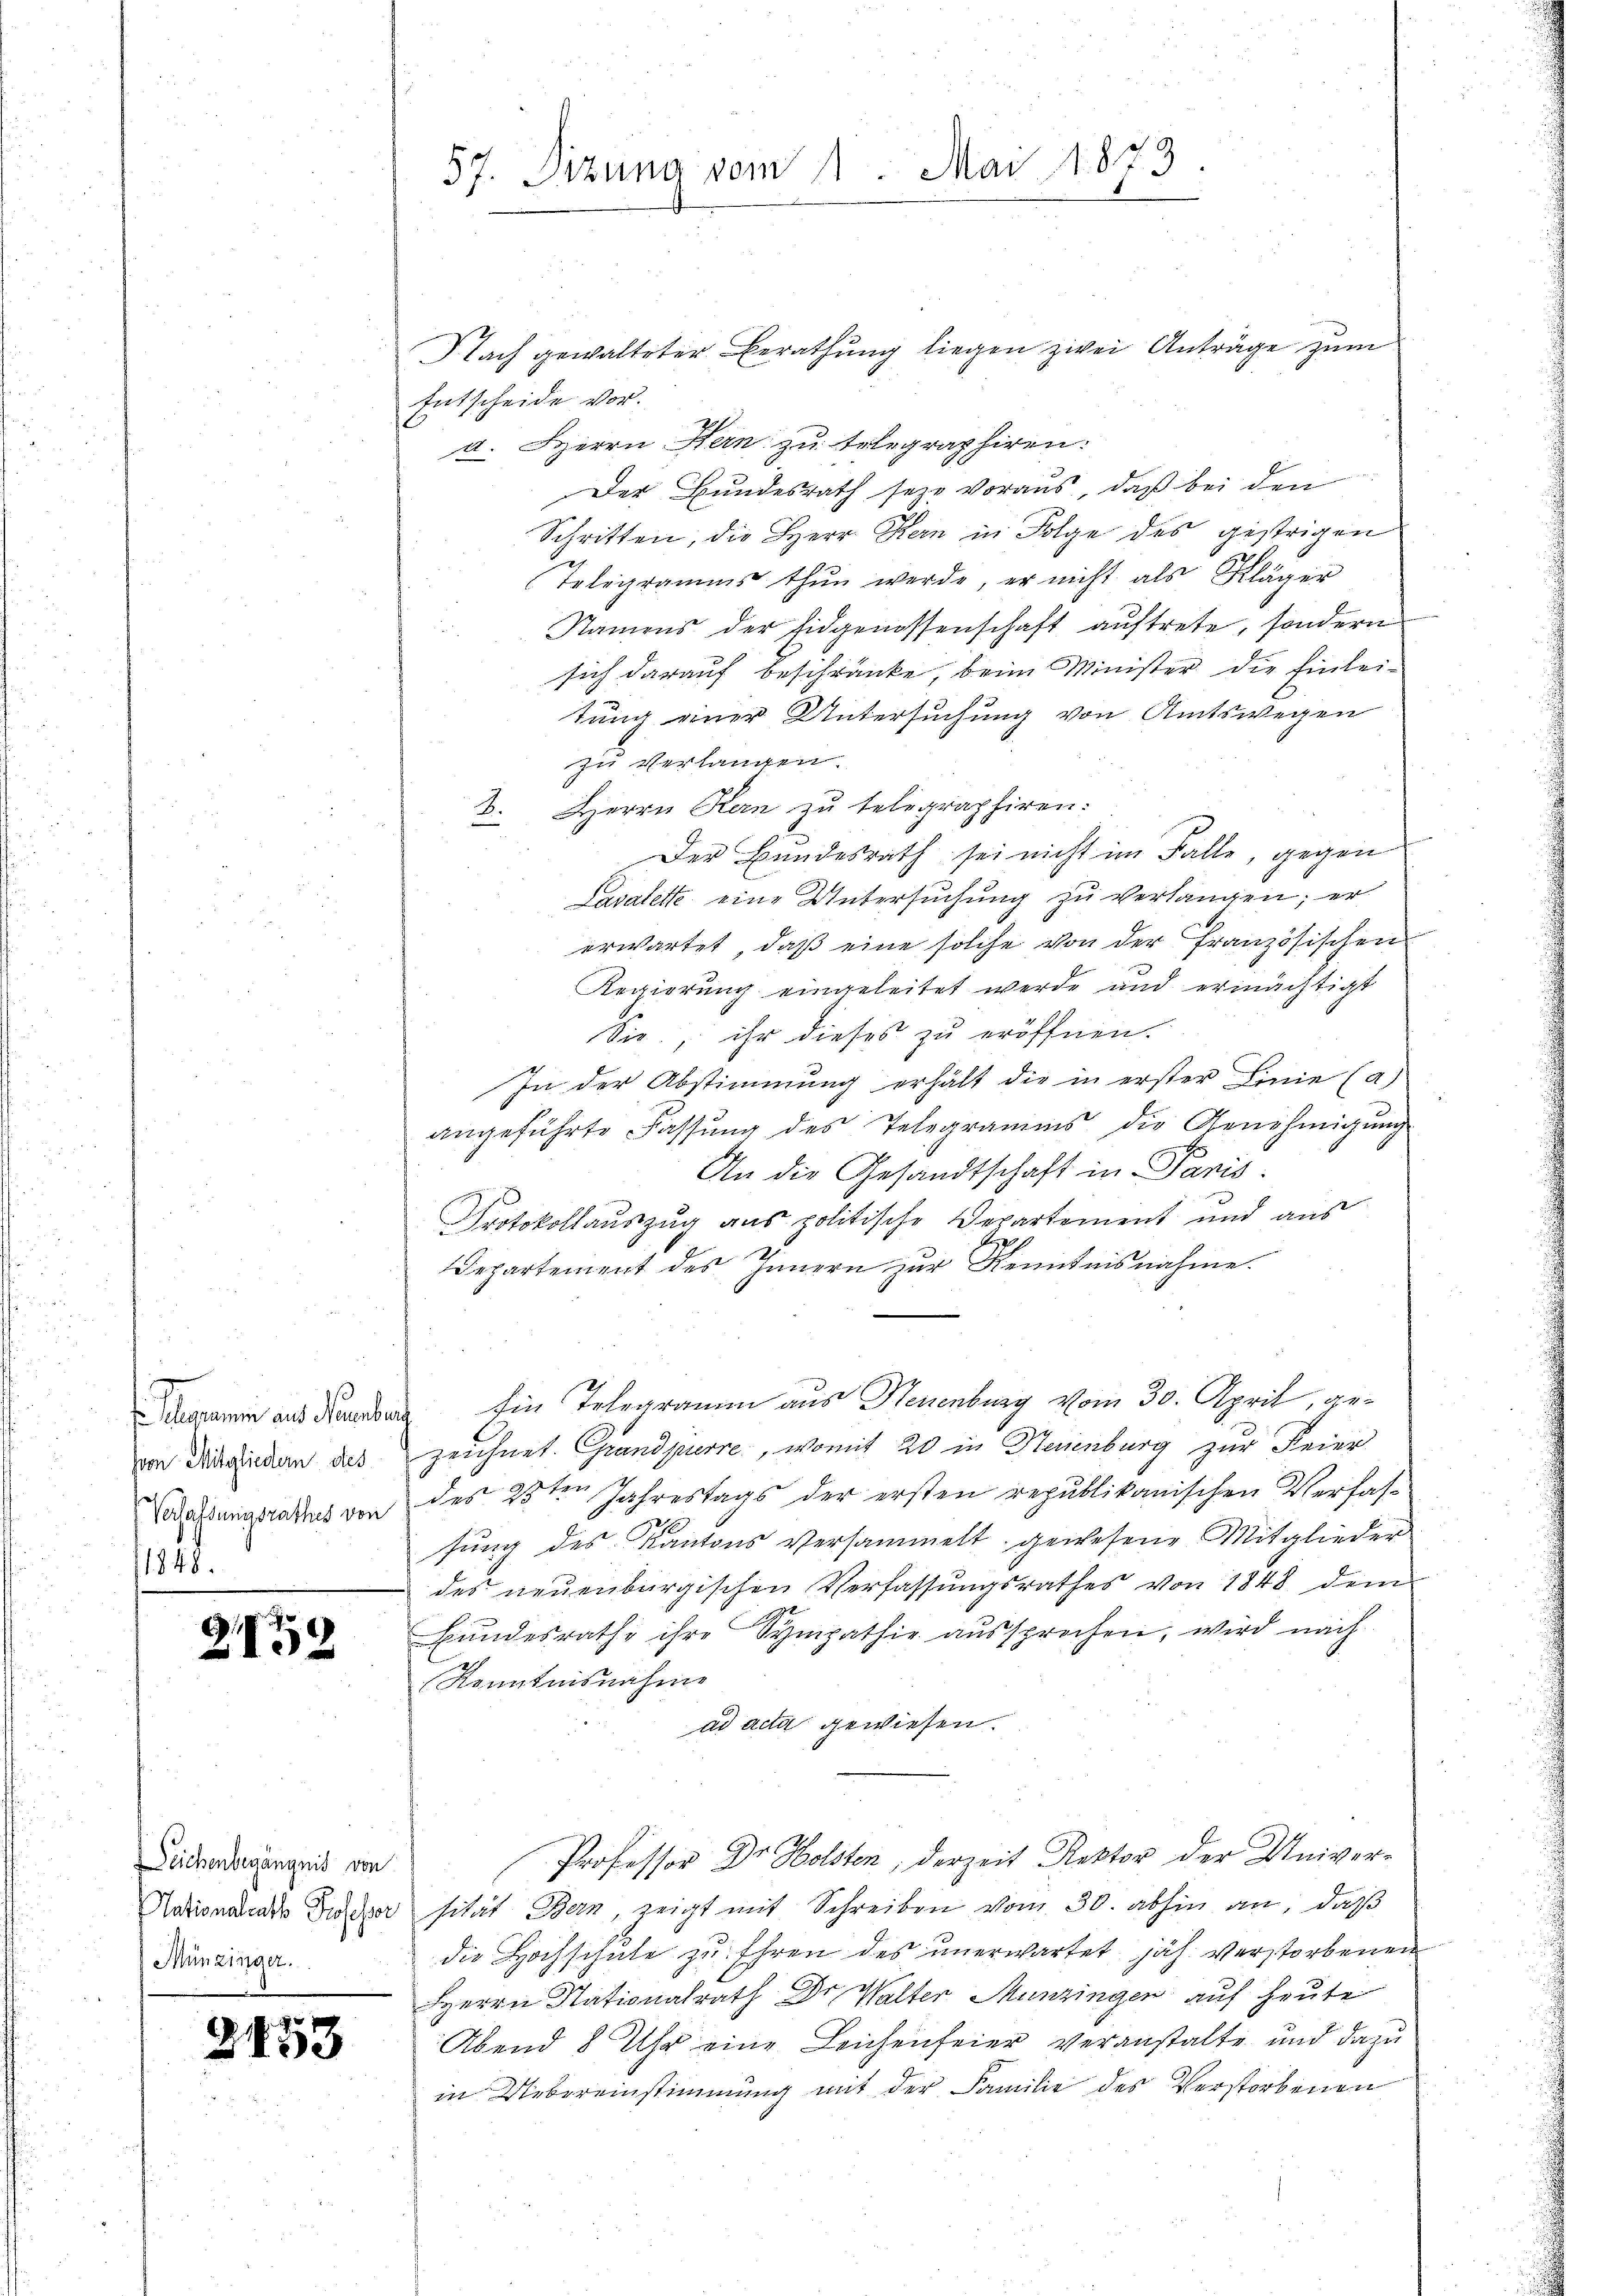
. Gelegrammen aus Neuenburg
Von Mitgliedern dies
1848.

2152

Deichenbegängnis von
Münzinger.

2453

Nach gewalteter Berathung liegen zwei Anträge zum
Entscheide vor.
a. Herrn Kern zu telegraphiren.
Der Bundesrath seie voraus, daß bei den
Schritten, die Herr Hern in Folge des gestrigen
Telegramms thun werde, er nicht als Kläger
Namens der Eidgenossenschaft aŭftrete, sondern
sich darauf beschränke, beim Minister die Einleitung einer Untersuchung von Amtswegen
zu verlangen.
2. Herrn Kern zu telegraphiren.
Der Bundesrath sei nicht im Falle, gegen
Lavatette eine Untersuchung zu verlangen; er
erwartet, daß eine solche von der Französischen
Regierung eingeleitet werde und ermächtigt
Sie, ihr dieses zu eröffnen.
In der Abstimmung erhält die in erster Linie (a)
angeführte Fassung des Telegramms die Genehmigung
An die Gesandtschaft in Panis.
Protokollauszug aus politische Departement und aus
27.
2
Departement des Innern zur Kenntnisnahme.
Ein Telegramm aus Neuenburg vom 30. April, gezeichnet. Grandpurre, womit 20 in Neuenburg zur Feier
Desungsrathes von des 25ten Jahrestags der ersten republikanischen Verfassung des Kantons versammelt gewesene Mitglieder
des neuenburgischen Verfassŭngsrathes von 1848 dem
Bundesrathe ihre Sympathie aussprochen, wird nach
Kenntnisnahme
ad acta gewiesen.
Professor Dr. Holsten, derzeit Rektor der Univer¬
Nationsende Dir sität Bern, zeigt mit Schreiben vom 30. abhin an, daß
die Hochschule zu Ehren des unerwartet jäh. verstorbenen
Herrn Nationalrath Dr. Walter Munzingen auf heute
Abend 8 Uhr eine Leichenfeier veranstalte und dazu
in Uebereinstimmung mit der Familie des Verstorbenen

57. Sizung vom 1. Mai 1873